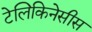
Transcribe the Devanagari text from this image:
टेलिकिनेसीस